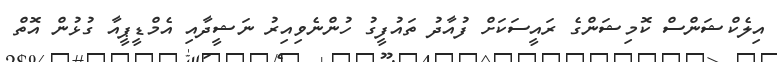
އިލެކްޝަންސް ކޮމިޝަންގެ ރައީސަކަށް ފުއާދު ތައުފީގު ހުންނެވިއިރު ނަޝީދާއި އެމްޑީޕީއާ ގުޅުން އޮތް